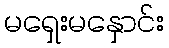
မရှေးမနှောင်း